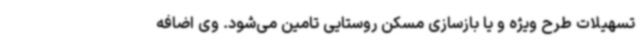
تسهیلات طرح ویژه و یا بازسازی مسکن روستایی تامین می‌شود. وی اضافه